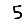
Digit: 5